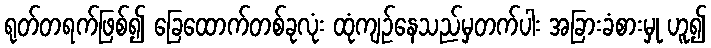
ရုတ်တရက်ဖြစ်၍ ခြေထောက်တစ်ခုလုံး ထုံကျဉ်နေသည်မှတက်ပါး အခြားခံစားမှု ဟူ၍